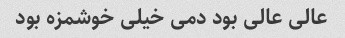
عالی عالی بود دمی خیلی خوشمزه بود